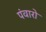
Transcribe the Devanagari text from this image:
पंवारो